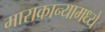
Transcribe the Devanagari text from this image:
माराकान्यामध्ये